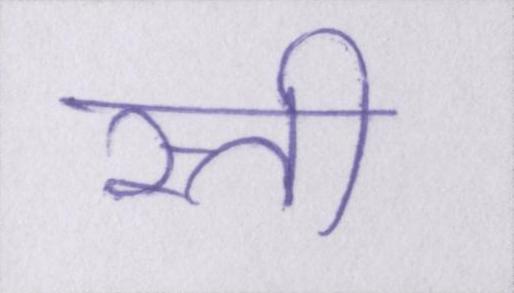
रत्ती